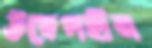
উদ্বেগহীন